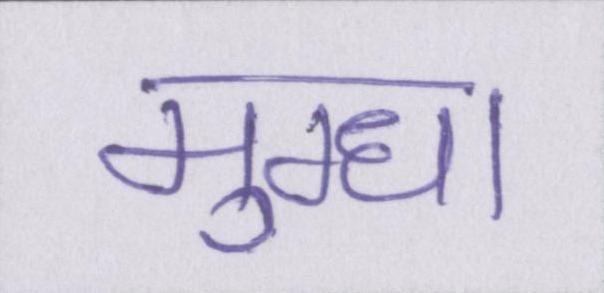
मुग्धा